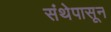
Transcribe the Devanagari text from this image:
संथेपासून